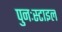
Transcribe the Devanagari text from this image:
पुनःस्टाइल